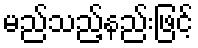
မည်သည့်နည်းဖြင့်